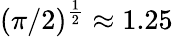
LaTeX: (\pi/2)^{\frac{1}{2}}\approx 1.25